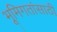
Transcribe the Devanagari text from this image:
भूमिगतांसाठी